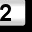
Digit: 2